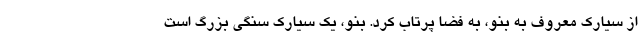
از سیارک معروف به بنو، به فضا پرتاب کرد. بنو، یک سیارک سنگی بزرگ است